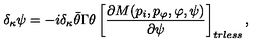
\delta _ { \kappa } \psi = - i \delta _ { \kappa } \bar { \theta } \Gamma \theta \left[ { \frac { \partial M ( p _ { i } , p _ { \varphi } , \varphi , \psi ) } { \partial \psi } } \right] _ { t r l e s s } ,